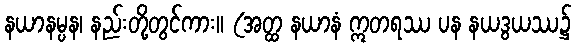
နယာနမ္ပန၊ နည်းတို့တွင်ကား။ (အတ္ထ နယာနံ ဣတရဿ ပန နယဒွယဿ၌